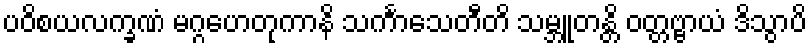
ပဝိစယလက္ခဏံ မဂ္ဂဟေတုကာနိ သင်္ကာသေတီတိ သမ္ဘူတန္တိ ဝတ္တဗ္ဗာယံ ဒိသွာပိ